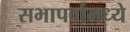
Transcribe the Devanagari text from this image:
सभापर्वामध्ये